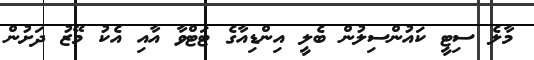
މާލެ ސިޓީ ކައުންސިލުން ބެލީ އިންޑިއާގެ ޓަޓްވާ އާއި އެކު މޭޒު ދަށުން